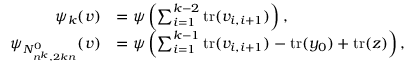
\begin{array} { r l } { \psi _ { k } ( v ) } & { = \psi \left( \sum _ { i = 1 } ^ { k - 2 } \mathrm { t r } ( v _ { i , i + 1 } ) \right) , } \\ { \psi _ { N _ { n ^ { k } , 2 k n } ^ { 0 } } ( v ) } & { = \psi \left( \sum _ { i = 1 } ^ { k - 1 } \mathrm { t r } ( v _ { i , i + 1 } ) - \mathrm { t r } ( y _ { 0 } ) + \mathrm { t r } ( z ) \right) , } \end{array}